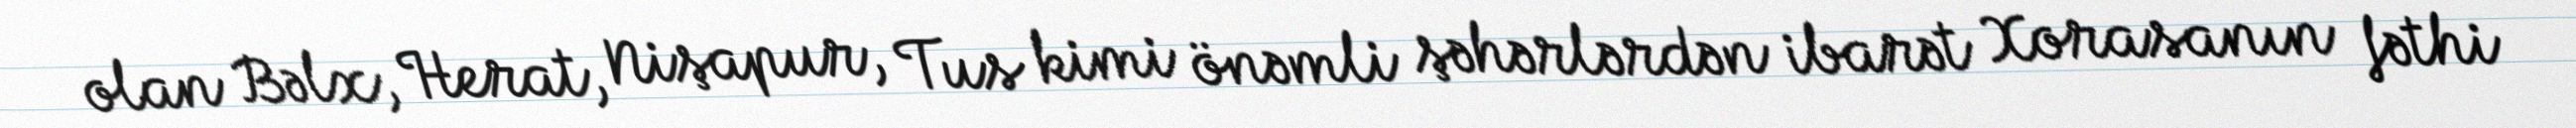
olan Bəlx, Herat, Nişapur, Tus kimi önəmli şəhərlərdən ibarət Xorasanın fəthi